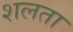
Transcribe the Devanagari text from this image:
शलता